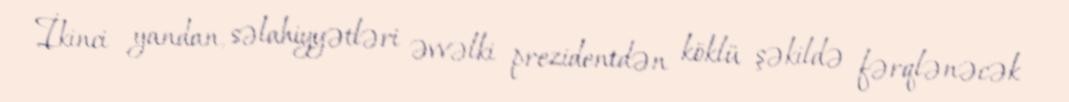
İkinci yandan, səlahiyyətləri əvvəlki prezidentdən köklü şəkildə fərqlənəcək